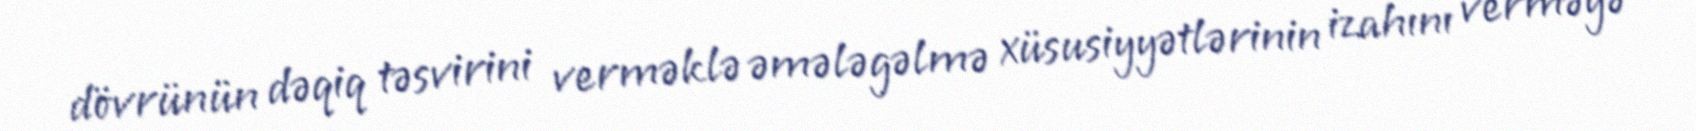
dövrünün dəqiq təsvirini verməklə əmələgəlmə xüsusiyyətlərinin izahını verməyə